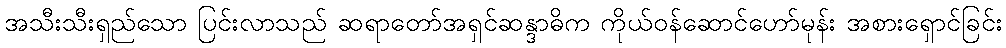
အသီးသီးရှည်သော ပြင်းလာသည် ဆရာတော်အရှင်ဆန္ဒာဓိက ကိုယ်ဝန်ဆောင်ဟော်မုန်း အစားရှောင်ခြင်း